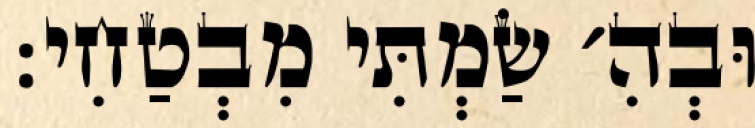
וּבְהִ׳ שַׂמְתִּי מִבְטַחִי: